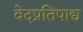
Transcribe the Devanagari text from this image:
वेदप्रतिपाद्य